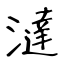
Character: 澾